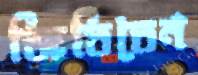
জিতিতেন